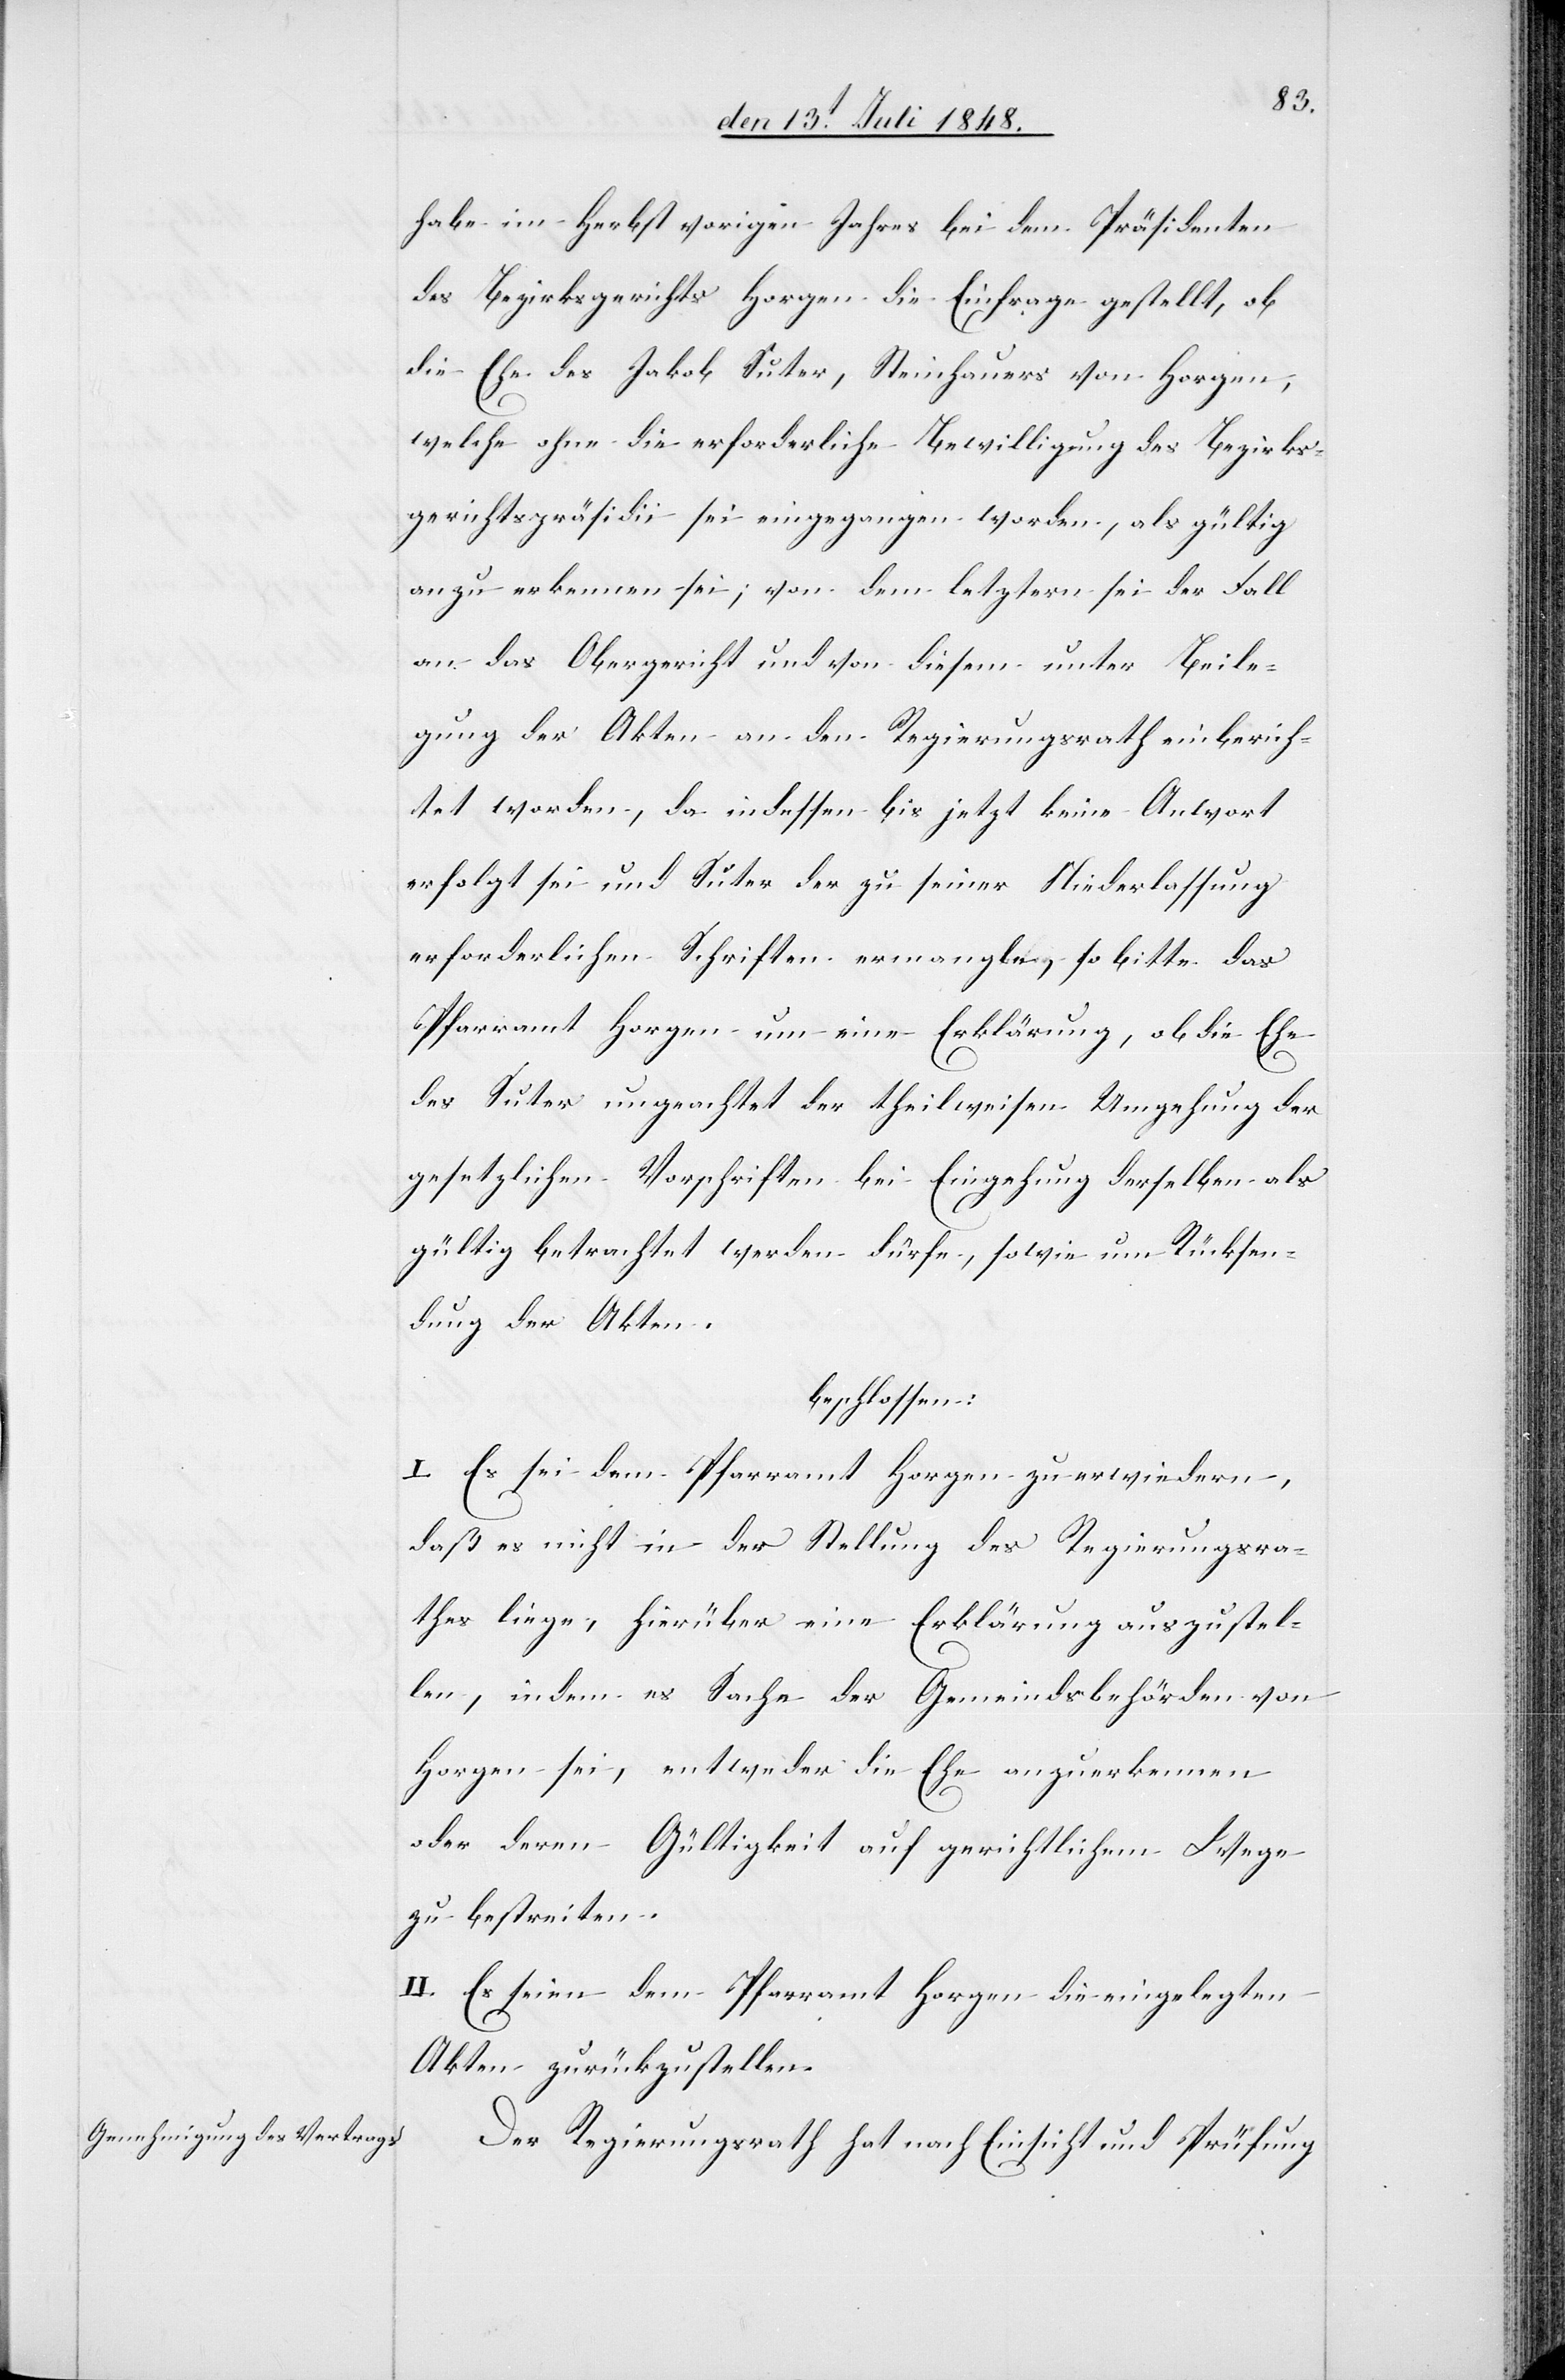
habe im Herbst vorigen Jahres bei dem Präsidenten
des Bezirksgerichts Horgen die Einfrage gestellt, ob
die Ehe des Jakob Suter, Steinhauers von Horgen,
welche ohne die erforderliche Bewilligung des Bezirks¬
gerichtspräsidii sei eingegangen worden, als gültig
anzuerkennen sei; von dem letztern sei der Fall
an das Obergericht und von diesem unter Beile¬
gung der Akten an den Regierungsrath einberich¬
tet worden, da indessen bis jetzt keine An[t]wort
erfolgt sei und Suter der zu seiner Niederlassung
erforderlichen Schriften ermangle, so bitte das
Pfarramt Horgen um eine Erklärung, ob die Ehe
des Suter ungeachtet der theilweisen Umgehung der
gesetzlichen Vorschriften bei Eingehung derselben als
gültig betrachtet werden dürfe, sowie um Rücksen¬
dung der Akten.
beschlossen:
I. Es sei dem Pfarramt Horgen zu erwiedern,
daß es nicht in der Stellung des Regierungsra¬
thes liege, hierüber eine Erklärung auszustel¬
len, indem es Sache der Gemeindsbehörden von
Horgen sei, entweder die Ehe anzuerkennen
oder deren Gültigkeit auf gerichtlichem Wege
zu bestreiten.
II. Es seien dem Pfarramt Horgen die eingelegten
Akten zurückzustellen.
Der Regierungsrath hat nach Einsicht und Prüfung